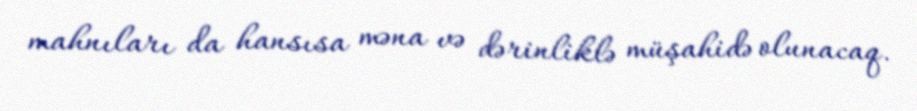
mahnıları da hansısa məna və dərinliklə müşahidə olunacaq.